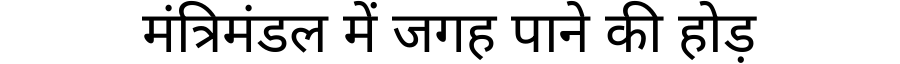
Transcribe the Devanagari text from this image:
मंत्रिमंडल में जगह पाने की होड़